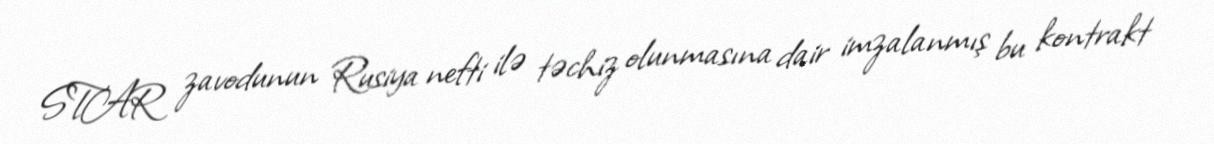
STAR zavodunun Rusiya nefti ilə təchiz olunmasına dair imzalanmış bu kontrakt